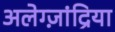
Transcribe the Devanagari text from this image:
अलेग्ज़ांद्रिया